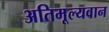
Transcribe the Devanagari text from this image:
अतिमूल्यवान